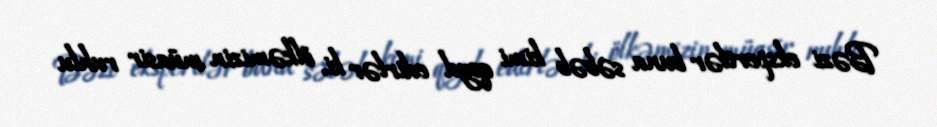
Bəzi ekspertlər buna səbəb kimi qeyd edirlər ki, ölkəmizin müasir ruhlu